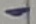
Text: -